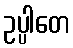
ဥပ္ပါတေ